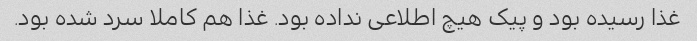
غذا رسیده بود و پیک هیچ اطلاعی نداده بود. غذا هم کاملا سرد شده بود.